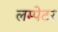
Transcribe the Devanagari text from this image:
लम्पेटर